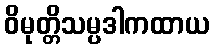
ဝိမုတ္တိသမ္ပဒါကထာယ